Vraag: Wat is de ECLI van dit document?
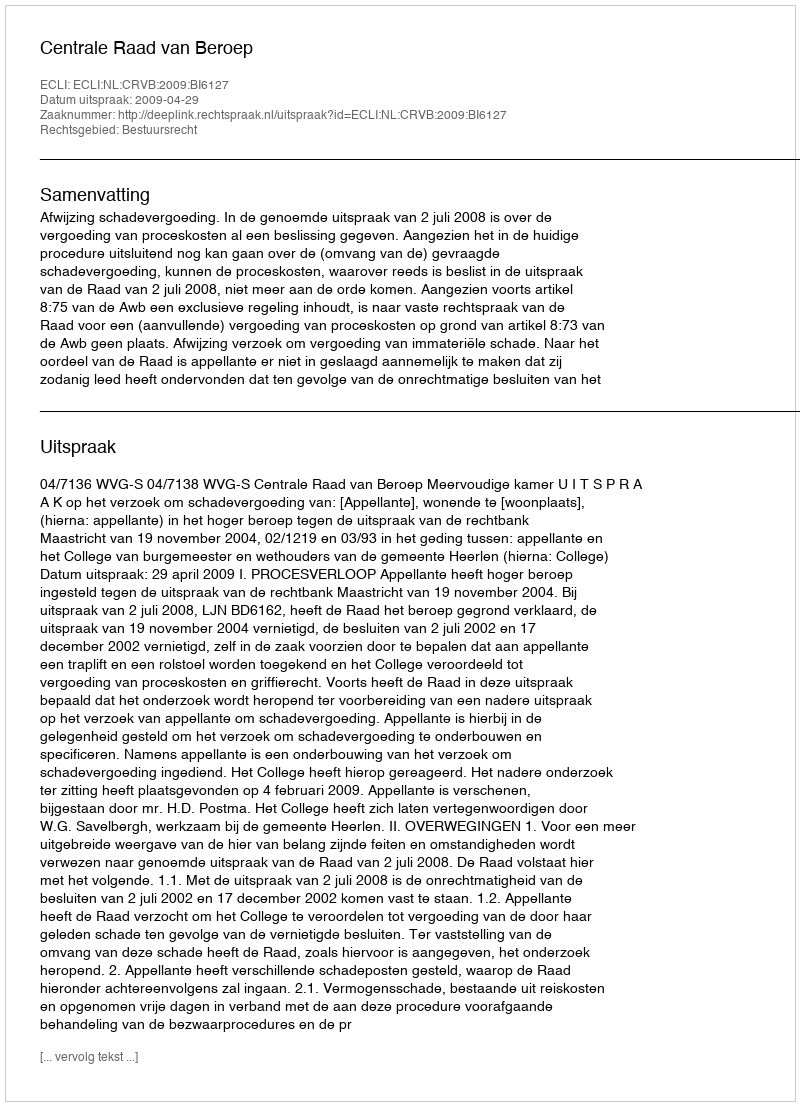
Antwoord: ECLI:NL:CRVB:2009:BI6127